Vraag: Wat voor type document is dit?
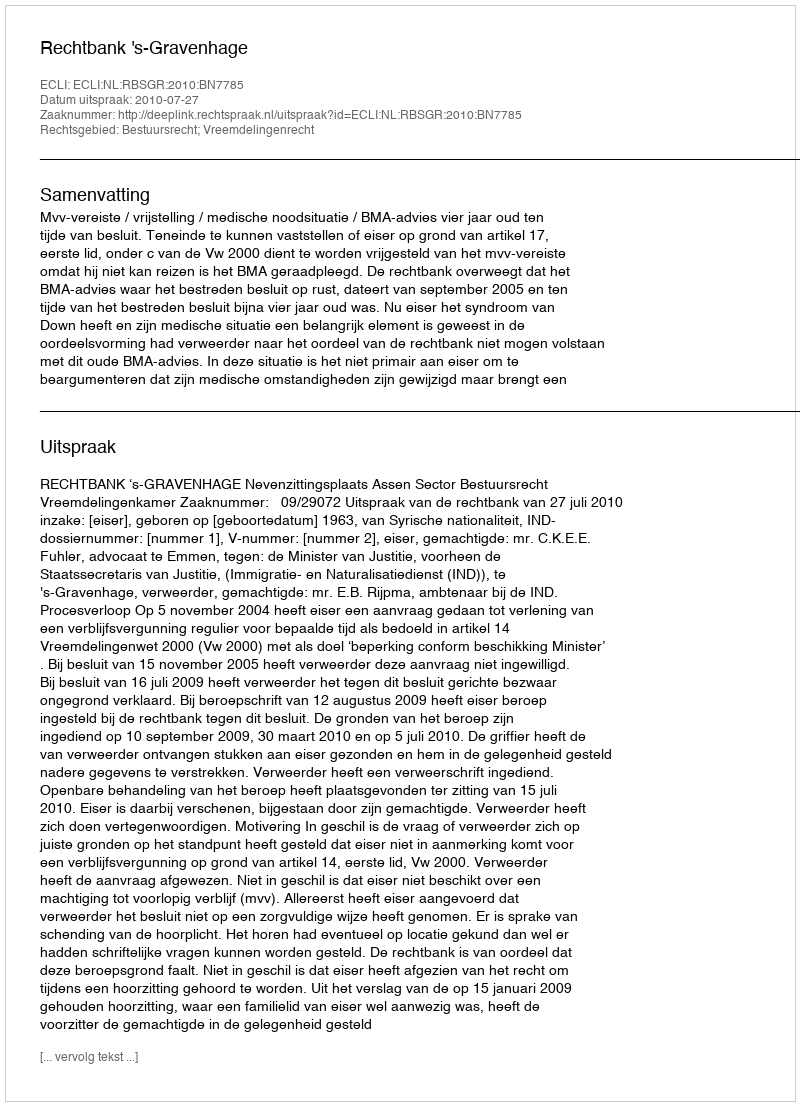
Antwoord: Uitspraak